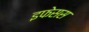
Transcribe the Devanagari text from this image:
इफेसस